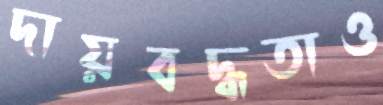
দায়বদ্ধতাও